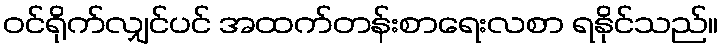
ဝင်ရိုက်လျှင်ပင် အထက်တန်းစာရေးလစာ ရနိုင်သည်။